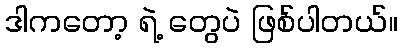
ဒါကတော့ ရဲ့ တွေပဲ ဖြစ်ပါတယ်။